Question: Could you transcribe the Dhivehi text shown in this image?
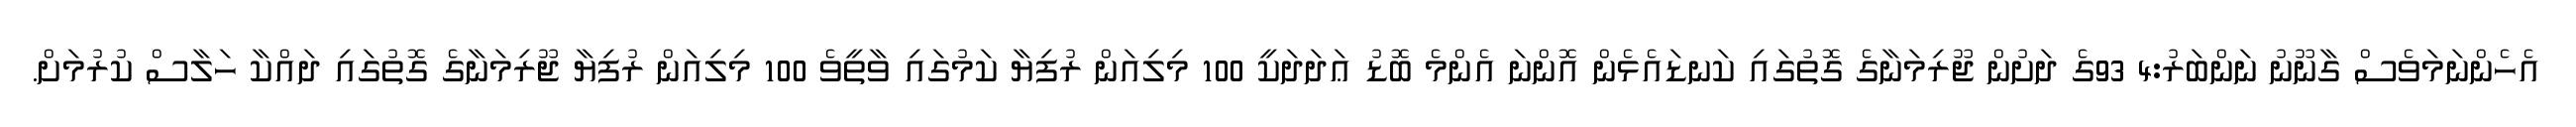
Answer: އެހެންނަމަވެސް ގާނޫނު ނަންބަރު:4 93ގެ ދަށުން ޖޫރިމަނާގެ ގޮތުގައި ކަނޑައެޅެން އޮންނަ އެންމެ ބޮޑު ޢަދަދަކީ 100 މިލިއަން ރުފިޔާ ކަމުގައި ވާތީވެ 100 މިލިއަން ރުފިޔާ ޖޫރިމަނާގެ ގޮތުގައި ދައްކާ ހަލާސް ކުރުމަށް.